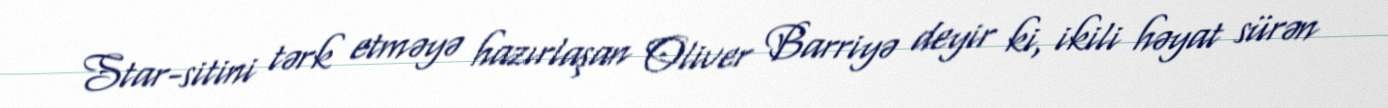
Star-sitini tərk etməyə hazırlaşan Oliver Barriyə deyir ki, ikili həyat sürən